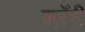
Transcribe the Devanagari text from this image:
क्लॅरी